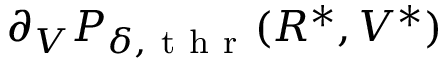
\partial _ { V } P _ { \delta , \mathrm { ~ t ~ h ~ r ~ } } ( R ^ { * } , V ^ { * } )